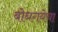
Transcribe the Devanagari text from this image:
बोधगयेचा